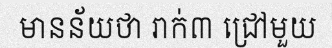
មានន័យថា រាក់៣ ជ្រៅមួយ